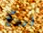
أردك